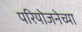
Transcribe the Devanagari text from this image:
परियोजनेच्या